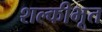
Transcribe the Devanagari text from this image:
शल्कीभूत